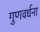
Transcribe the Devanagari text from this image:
गुणवर्धना